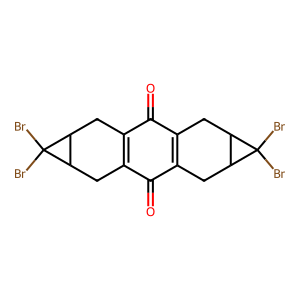
SMILES: O=C1C2=C(CC3C(C2)C3(Br)Br)C(=O)C2=C1CC1C(C2)C1(Br)Br
Inhibits HIV replication: No